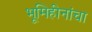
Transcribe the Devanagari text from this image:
भूमिहीनांचा